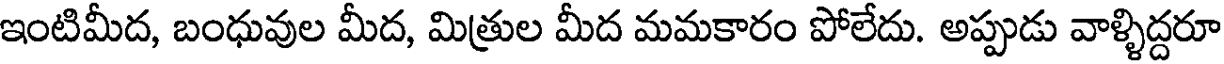
ఇంటిమీద, బంధువుల మీద, మిత్రుల మీద మమకారం పోలేదు. అప్పుడు వాళ్ళిద్దరూ